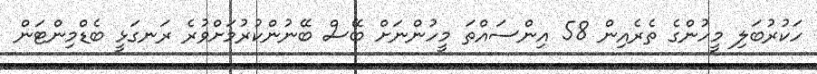
ހަކުރުބަލި މީހުންގެ ތެރެއިން 58 އިންސައްތަ މީހުންނަށް ބޭސް ބޭނުންކުރުމަށްވުރެ ރަނގަޅީ ބެޑްމިންޓަން